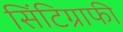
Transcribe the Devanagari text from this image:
सिंटिग्राफी